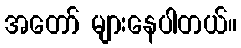
အတော် များနေပါတယ်။